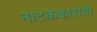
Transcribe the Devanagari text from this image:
नाटककाराची